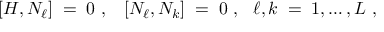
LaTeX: \left[ H , N _ { \ell } \right] \; = \; 0 ~ , ~ ~ \left[ N _ { \ell } , N _ { k } \right] \; = \; 0 ~ , ~ ~ \ell , k \; = \; 1 , \ldots , L ~ ,